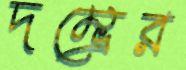
দম্ভের